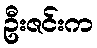
ဦးဇင်းက